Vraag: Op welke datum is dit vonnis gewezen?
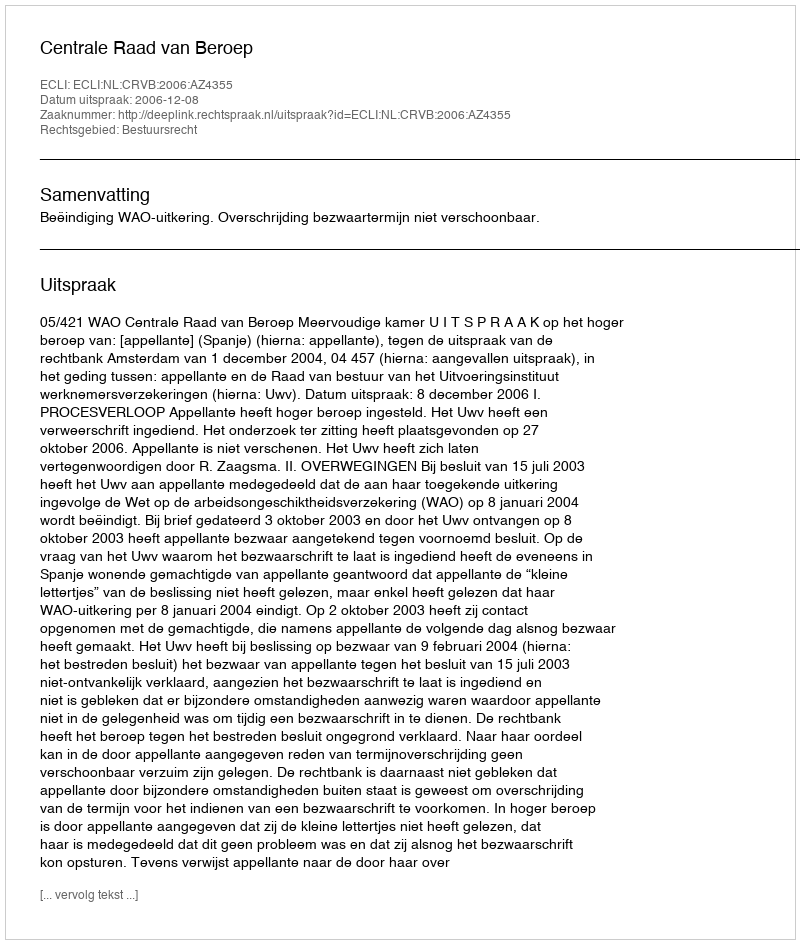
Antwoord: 2006-12-08